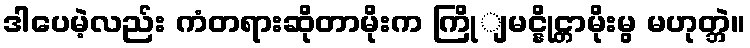
ဒါပေမဲ့လည်း ကံတရားဆိုတာမိုးက ကြိုျမင္နိုင္တာမိုးမွ မဟုတ္ဘဲ။